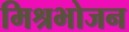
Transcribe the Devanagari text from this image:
मिश्रभोजन